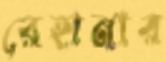
রেহানার